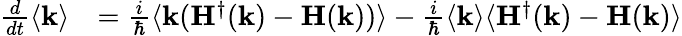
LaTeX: \begin{array}{rl}{\frac{d}{dt}\langle\mathbf{k}\rangle}&{=\frac{i}{\hbar}\langle\mathbf{k}(\mathbf{H}^{\dagger}(\mathbf{k})-\mathbf{H}(\mathbf{k}))\rangle-\frac{i}{\hbar}\langle\mathbf{k}\rangle\langle\mathbf{H}^{\dagger}(\mathbf{k})-\mathbf{H}(\mathbf{k})\rangle}\end{array}